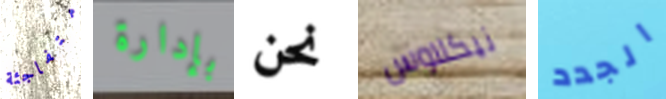
متفاجئة بإدارة نحن نيكلاوس الجدد